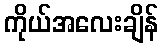
ကိုယ်အလေးချိန်